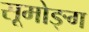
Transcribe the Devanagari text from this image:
सूमोङ्ग